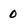
Character: 0